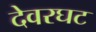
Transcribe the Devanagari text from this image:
देवरघट